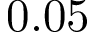
0 . 0 5